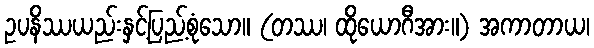
ဥပနိဿယည်းနှင့်ပြည့်စုံသော။ (တဿ၊ ထိုယောဂီအား။) အကာတာယ၊